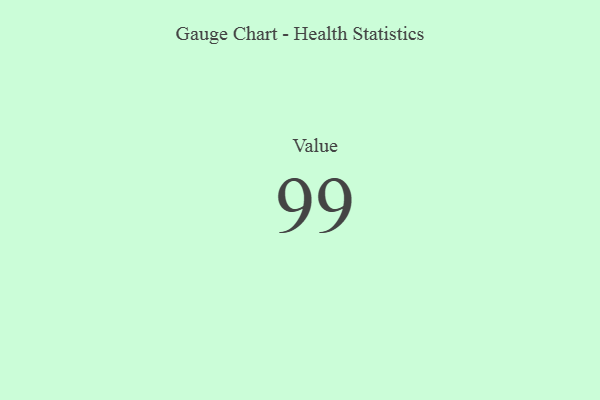
{"axis": {"x": "Metric", "y": "Value"}, "legend": [""], "data": [{"x": "Value", "y": 99, "type": ""}]}